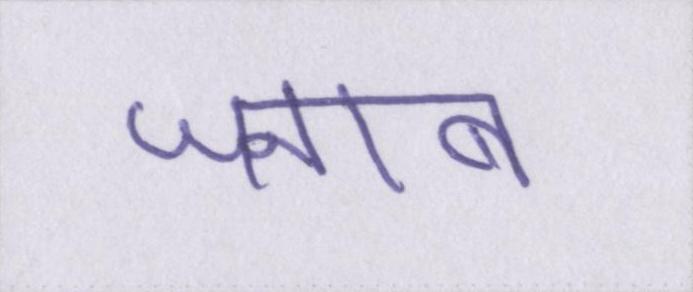
जनाब